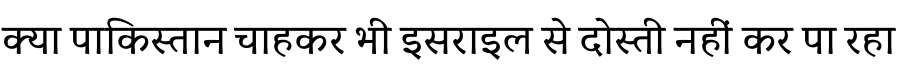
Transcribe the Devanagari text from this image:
क्या पाकिस्तान चाहकर भी इसराइल से दोस्ती नहीं कर पा रहा